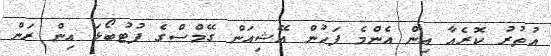
އުތުރު ކޮރެއާ އިން އެންމެ ފަހުން އޭޝިއަން ގޭމްސްގެ ފުޓުބޯޅަ އިން ރަން